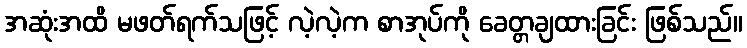
အဆုံးအထိ မဖတ်ရက်သဖြင့် လဲ့လဲ့က စာအုပ်ကို ခေတ္တချထားခြင်း ဖြစ်သည်။